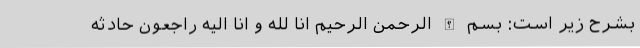
بشرح زیر است: بسم الله الرحمن الرحیم انا لله و انا الیه راجعون حادثه‌